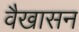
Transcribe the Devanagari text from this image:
वैखासन